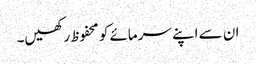
ان سے اپنے سرمائے کو محفوظ رکھیں۔